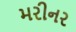
મરીનર